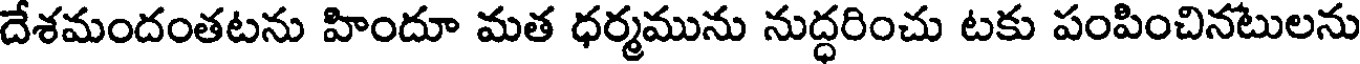
దేశమందంతటను హిందూ మత ధర్మమును నుద్ధరించు టకు పంపించినటులను